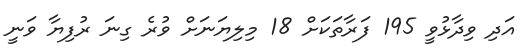
އަދި ވިދާޅުވީ 195 ފަރާތަކަށް 18 މިލިޔަނަށް ވުރެ ގިނަ ރުފިޔާ ވަނީ